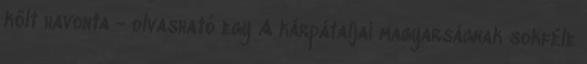
költ havonta - olvasható egy A kárpátaljai magyarságnak sokféle